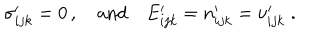
LaTeX: \sigma _ { i j k } ^ { \prime } = 0 \, , \quad \mathrm { a n d } \quad E _ { i j k } ^ { \prime } = n _ { i j k } ^ { \prime } = \nu _ { i j k } ^ { \prime } \; .